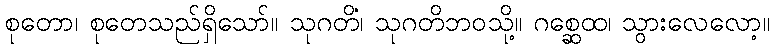
စုတော၊ စုတေသည်ရှိသော်။ သုဂတိံ၊ သုဂတိဘဝသို့။ ဂစ္ဆေထ၊ သွားလေလော့။